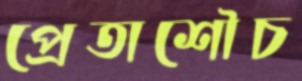
প্রেতাশৌচ